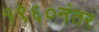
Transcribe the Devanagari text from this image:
१९६०नंतर